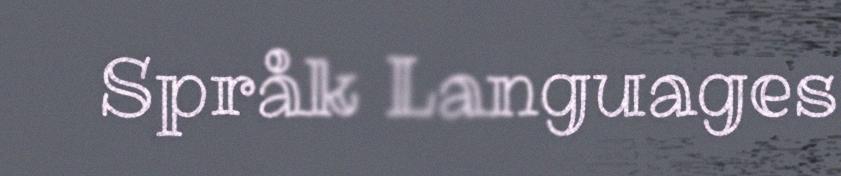
Språk Languages